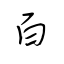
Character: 百